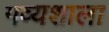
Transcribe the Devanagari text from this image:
गव्यशाला